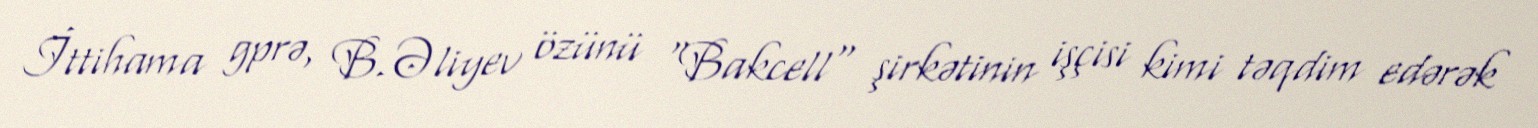
İttihama gprə, B.Əliyev özünü "Bakcell" şirkətinin işçisi kimi təqdim edərək